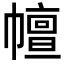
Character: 𢅒